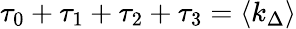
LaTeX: \tau_{0}+\tau_{1}+\tau_{2}+\tau_{3}=\langle k_{\Delta}\rangle